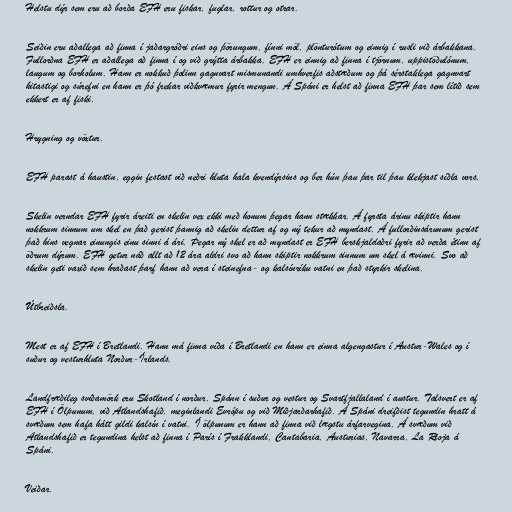
Helstu dýr sem eru að borða EFH eru fiskar, fuglar, rottur og otrar.

Seiðin eru aðallega að finna í jaðargróðri eins og þörungum, fínni möl, plönturótum og einnig í rusli við árbakkana.
Fullorðna EFH er aðallega að finna í og við grýtta árbakka. EFH er einnig að finna í tjörnum, uppistöðulónum,
laugum og borholum. Hann er nokkuð þolinn gagnvart mismunandi umhverfis aðstæðum og þá sérstaklega gagnvart
hitastigi og súrefni en hann er þó frekar viðkvæmur fyrir mengun. Á Spáni er helst að finna EFH þar sem lítið sem
ekkert er af fiski.

Hrygning og vöxtur.

EFH parast á haustin, eggin festast við neðri hluta hala kvendýrsins og ber hún þau þar til þau klekjast síðla vors.

Skelin verndar EFH fyrir áreiti en skelin vex ekki með honum þegar hann stækkar. Á fyrsta árinu skiptir hann
nokkrum sinnum um skel en það gerist þannig að skelin dettur af og ný tekur að myndast. Á fullorðinsárunum gerist
það hins vegnar einungis einu sinni á ári. Þegar ný skel er að myndast er EFH berskjaldaðri fyrir að verða étinn af
öðrum dýrum. EFH getur náð allt að 12 ára aldri svo að hann skiptir nokkrum sinnum um skel á ævinni. Svo að
skelin geti vaxið sem hraðast þarf hann að vera í steinefna- og kalsínríku vatni en það styrkir skelina.

Útbreiðsla.

Mest er af EFH í Bretlandi. Hann má finna víða í Bretlandi en hann er einna algengastur í Austur-Wales og í
suður og vesturhluta Norður-Írlands.

Landfræðileg sviðamörk eru Skotland í norður, Spánn í suður og vestur og Svartfjallaland í austur. Talsvert er af
EFH í Ölpunum, við Atlandshafið, meginlandi Evrópu og við Miðjarðarhafið. Á Spáni dreifðist tegundin hratt á
svæðum sem hafa hátt gildi kalsín í vatni. Í ölpunum er hann að finna við lægstu árfarvegina. Á svæðum við
Atlandshafið er tegundina helst að finna í París í Frakklandi, Cantabaria, Austurias, Navarra, La Rioja á
Spáni.

Veiðar.